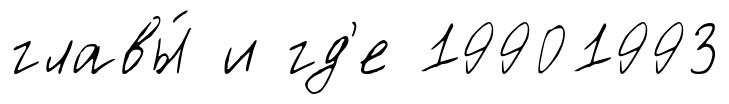
главы́ и гд'е 19901993